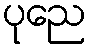
ပုညေ